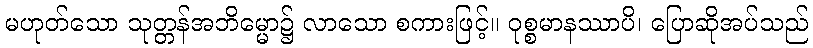
မဟုတ်သော သုတ္တန်အဘိမ္မော၌ လာသော စကားဖြင့်။ ဝုစ္စမာနဿာပိ၊ ပြောဆိုအပ်သည်